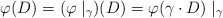
\begin{align*} \varphi(D) = (\varphi \mid_{\gamma})(D) =\varphi(\gamma \cdot D) \mid_{\gamma} \end{align*}